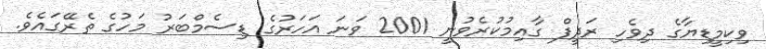
ވިކިމީޑިޔާގެ ދިވެހި ރަދީފް ގާއިމުކުރެވުނީ 2001 ވަނަ އަހަރުގެ ޑިސެމްބަރު މަހުގެ ތެރޭގައެވެ.